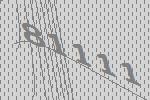
81111